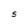
Character: S